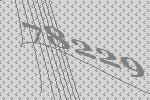
78229